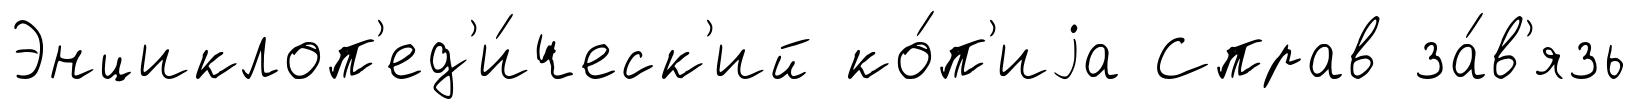
Энциклоп'ед'и́ческ'ий ко́п'иjа Справ за́в'язь